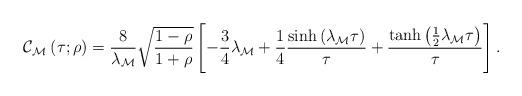
LaTeX: \begin{align*}\mathcal{C}_{\mathcal{M}^{}}\left( \tau;\rho\right) =\frac{8}{\lambda_{\mathcal{M}}}\sqrt{\frac{1-\rho}{1+\rho}}\left[ -\frac{3}{4}\lambda_{\mathcal{M}}+\frac{1}{4}\frac{\sinh\left( \lambda_{\mathcal{M}}\tau\right) }{\tau}+\frac{\tanh\left( \frac{1}{2}\lambda_{\mathcal{M}}\tau\right) }{\tau}\right] . \end{align*}